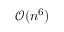
\mathcal { O } ( n ^ { 6 } )